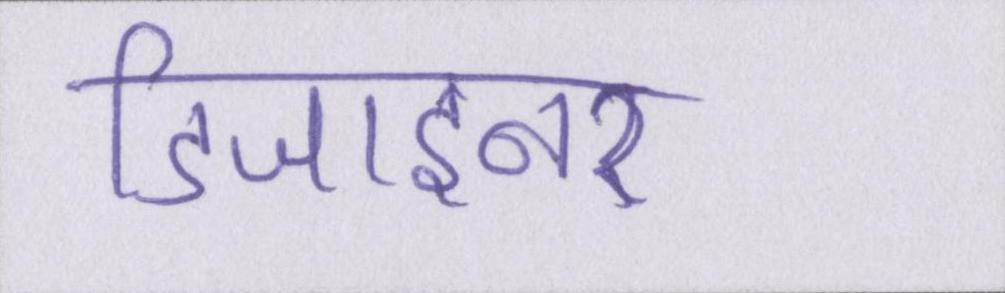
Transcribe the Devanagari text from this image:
डिजाइनर